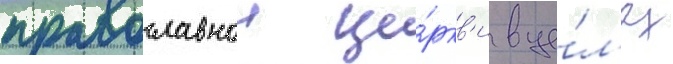
православнои це́ркв'и в це́л'ях